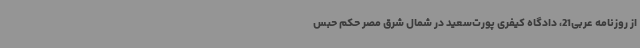
از روزنامه عربی21، دادگاه کیفری پورت‌سعید در شمال شرق مصر حکم حبس